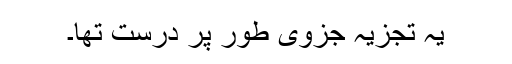
یہ تجزیہ جزوی طور پر درست تھا۔